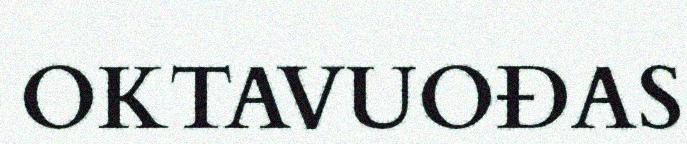
OKTAVUOĐAS